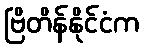
ဗြိတိန်နိုင်ငံက